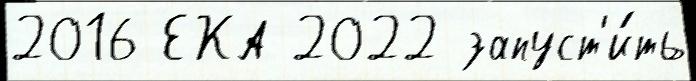
2016 ЕКА 2022 запуст'и́ть